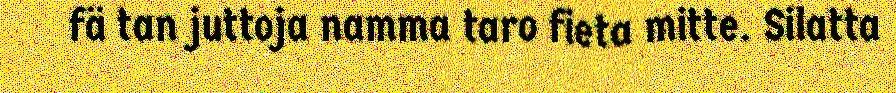
fä tan juttoja namma taro fieta mitte. Silatta